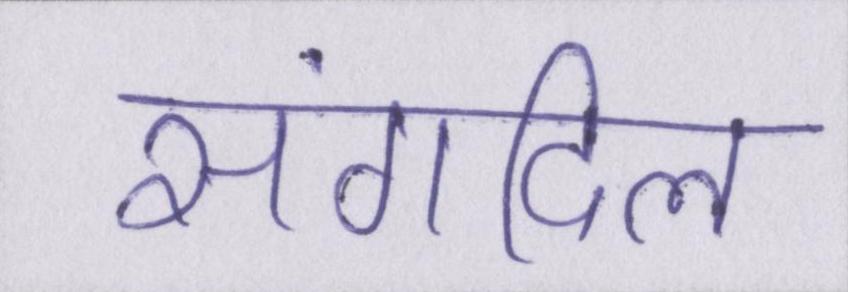
संगदिल